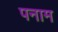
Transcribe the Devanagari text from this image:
पनाम